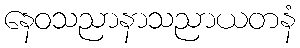
နေဝသညာနာသညာယတနံ